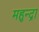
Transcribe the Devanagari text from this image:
महुन्द्रा